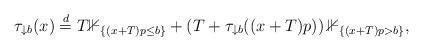
LaTeX: \begin{align*} \tau_{\downarrow b}(x)\stackrel{d}{=}T\mathbb{1}_{\{(x + T)p\leq b\}}+\left(T+\tau_{\downarrow b}((x + T)p)\right)\mathbb{1}_{\{(x + T)p> b\}},\end{align*}